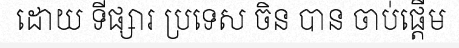
ដោយ ទីផ្សារ ប្រទេស ចិន បាន ចាប់ផ្តើម